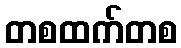
တစထက်တစ